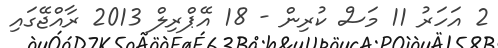
2 އަހަރު 11 މަސް ކުރިން - 18 އޭޕްރިލް 2013 ރާއްޖޭގައި